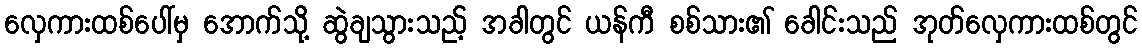
လှေကားထစ်ပေါ်မှ အောက်သို့ ဆွဲချသွားသည့် အခါတွင် ယန်ကီ စစ်သား၏ ခေါင်းသည် အုတ်လှေကားထစ်တွင်